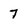
Character: 7